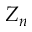
Z _ { n }